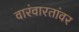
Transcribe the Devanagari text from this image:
वारंवारतांवर